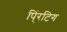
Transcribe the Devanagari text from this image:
पिं्रटिग